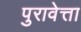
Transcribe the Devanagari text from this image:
पुरावेत्ता